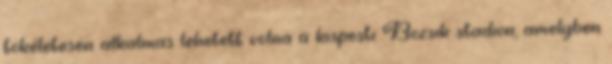
tökéletesen alkalmas lehetett volna a kispesti Bozsik stadion, amelyben